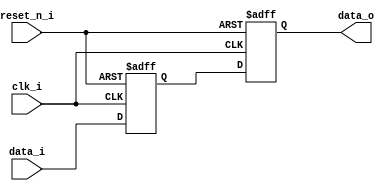
/*
 * Module: w_icons_mgmt
 * Date  : 
 */
`timescale 1ns/1ps
module common_sync (
    clk_i,
    reset_n_i,
    data_i,
    data_o
);

    input  clk_i;
    input  reset_n_i;

    input  data_i;
    output data_o;

    //???????? ---------------------
    //can be replaced with dual_ff if there is available in STDCELL library
    reg    data_sync0;
    reg    data_sync1;

    assign data_o = data_sync1;
    always @(posedge clk_i or negedge reset_n_i) begin
        if (reset_n_i == 1'b0) begin
            data_sync0 <= 1'b0;
            data_sync1 <= 1'b0;
        end else begin
            // allow synchronization of reset signals
            // lint_checking RSTDAT off
            data_sync0 <= data_i;
            // lint_checking RSTDAT on
            data_sync1 <= data_sync0;
        end
    end

endmodule